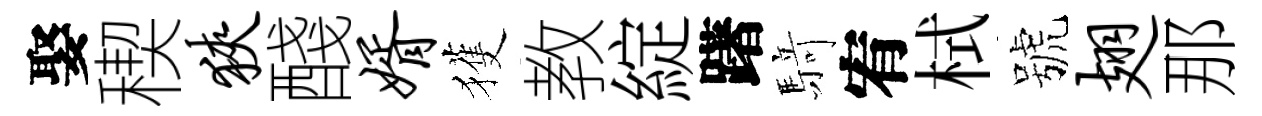
娶稧狭醆婿獲教綻躇𮪍宥栻號翅那